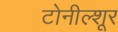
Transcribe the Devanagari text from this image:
टोनील्शूर